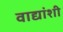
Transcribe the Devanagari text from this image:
वाद्यांशी